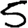
Digit: 5